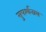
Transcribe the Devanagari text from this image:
सुपर्श्‍वनाथ